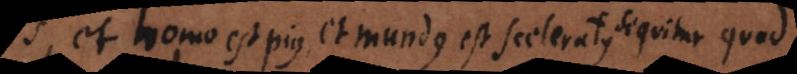
et homo est pius, et mundus est sceleratus sequitur quod